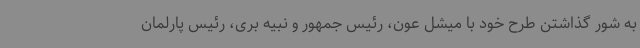
به شور گذاشتن طرح خود با میشل عون، رئیس جمهور و نبیه بری، رئیس پارلمان